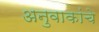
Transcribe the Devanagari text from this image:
अनुवाकांचे